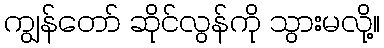
ကျွန်တော် ဆိုင်လွန်ကို သွားမလို့။